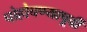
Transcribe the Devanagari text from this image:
पोहोचण्यापूर्वी